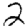
Digit: 2